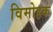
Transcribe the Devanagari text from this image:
विमोहक